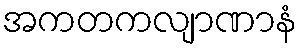
အကတကလျာဏာနံ